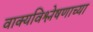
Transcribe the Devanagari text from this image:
वाक्यविश्लेषणाच्या